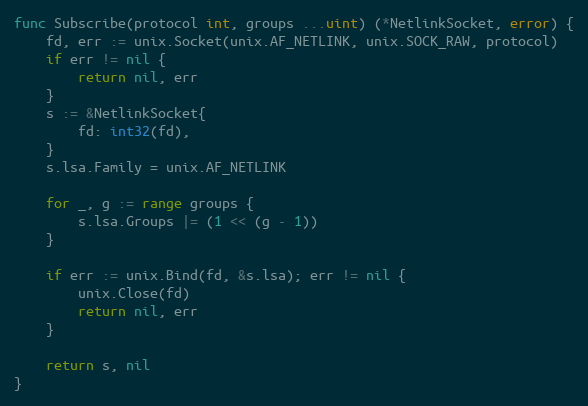
Language: Go
func Subscribe(protocol int, groups ...uint) (*NetlinkSocket, error) {
	fd, err := unix.Socket(unix.AF_NETLINK, unix.SOCK_RAW, protocol)
	if err != nil {
		return nil, err
	}
	s := &NetlinkSocket{
		fd: int32(fd),
	}
	s.lsa.Family = unix.AF_NETLINK

	for _, g := range groups {
		s.lsa.Groups |= (1 << (g - 1))
	}

	if err := unix.Bind(fd, &s.lsa); err != nil {
		unix.Close(fd)
		return nil, err
	}

	return s, nil
}